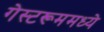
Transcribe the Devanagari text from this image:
गेस्टरूममध्ये